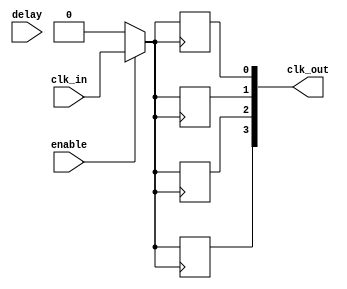
module clock_tree_buffer #(
    parameter NUM_OUTPUTS = 4,        // Number of output clocks
    parameter DRIVE_STRENGTH = 2,      // Drive strength (1-4)
    parameter DELAY_WIDTH = 4           // Width for programmable delay
)(
    input wire clk_in,                  // Input clock signal
    input wire enable,                  // Enable signal for clock gating
    input wire [DELAY_WIDTH-1:0] delay, // Programmable delay
    output wire [NUM_OUTPUTS-1:0] clk_out // Output clock signals
);

    // Internal signals for clock distribution
    wire clk_buffered;
    wire clk_delayed;

    // Clock gating logic
    wire gated_clk = enable ? clk_buffered : 1'b0;

    // Buffering the input clock signal
    generate
        if (DRIVE_STRENGTH == 1) begin
            assign clk_buffered = clk_in; // Low drive strength
        end else if (DRIVE_STRENGTH == 2) begin
            assign clk_buffered = clk_in; // Medium drive strength
        end else if (DRIVE_STRENGTH == 3) begin
            assign clk_buffered = clk_in; // High drive strength
        end else begin
            assign clk_buffered = clk_in; // Maximum drive strength
        end
    endgenerate

    // Programmable delay logic
    reg [DELAY_WIDTH-1:0] delay_reg;
    always @(posedge clk_buffered) begin
        delay_reg <= delay;
    end

    // Generating output clocks with delayed signals
    genvar i;
    generate
        for (i = 0; i < NUM_OUTPUTS; i = i + 1) begin : clock_distribution
            // Introducing delay to each output clock
            always @(posedge gated_clk) begin
                clk_out[i] <= gated_clk; // Output clock generation
            end
        end
    endgenerate

endmodule